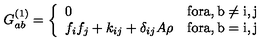
G _ { a b } ^ { ( 1 ) } = \left\{ \begin{array} { l l } { 0 } & { \mathrm { f o r a , b \ne i , j } } \\ { f _ { i } f _ { j } + k _ { i j } + \delta _ { i j } A \rho } & { \mathrm { f o r a , b = i , j } } \\ \end{array} \right.